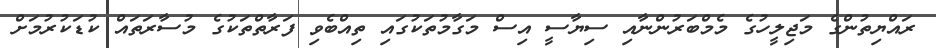
ރައްޔިތުންގެ މަޖިލީހުގެ މެމްބަރުންނާއި ސިޔާސީ އިސް މަގާމުތަކުގައި ތިއްބެވި ފަރާތްތަކުގެ މުސާރަތައް ކުޑަކުރުމަށް